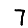
Digit: 7